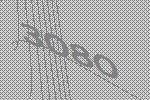
3080